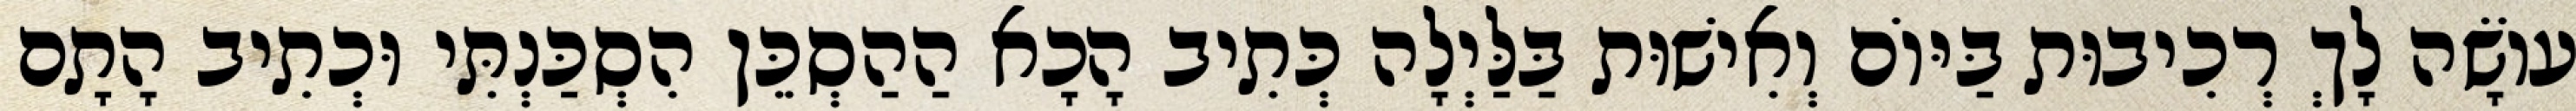
עוֹשָׂה לָךְ רְכִיבוּת בַּיּוֹם וְאִישׁוּת בַּלַּיְלָה כְּתִיב הָכָא הַהַסְכֵּן הִסְכַּנְתִּי וּכְתִיב הָתָם